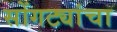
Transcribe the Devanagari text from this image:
सोंगट्यांचा